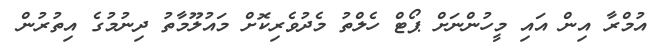
އުމްރާ އިން އައި މީހުންނަށް ޕޯޓް ހެލްތު މެދުވެރިކޮށް މައުލޫމާތު ދިނުމުގެ އިތުރުން